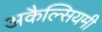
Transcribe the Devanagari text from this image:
अकैल्सियमी